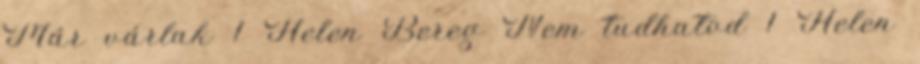
Már várlak 1 Helen Bereg Nem tudhatod 1 Helen